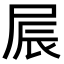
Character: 屒